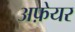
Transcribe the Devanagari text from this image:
अफ़ेयर